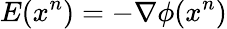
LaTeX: E(x^{n})=-\nabla\phi(x^{n})